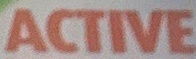
ACTIVE